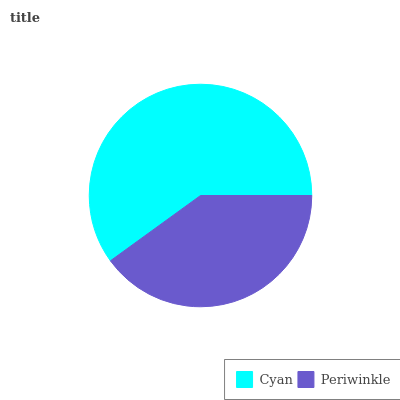
| Cyan | Periwinkle |
 | --- | --- |
 | 60% | 40% |